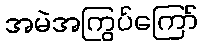
အမဲအကြွပ်ကြော်